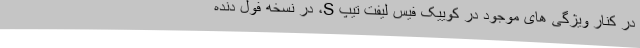
در کنار ویژگی های موجود در کوییک فیس لیفت تیپ S، در نسخه فول دنده